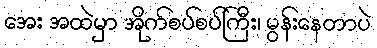
အေး အထဲမှာ အိုက်စပ်စပ်ကြီး၊ မွန်းနေတာပဲ